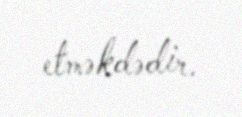
etməkdədir.